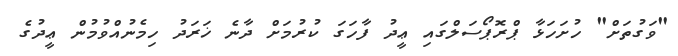
"ވަގުތަށް" ހުށަހަޅާ ޕްރޮޕޯސަލްގައި ޢީދު ފާހަގަ ކުރުމަށް ދާނެ ޚަރަދު ހިމެނުއްވުމުން ޢީދުގެ